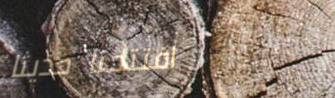
افتتحنا حديثاً